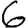
Digit: 6